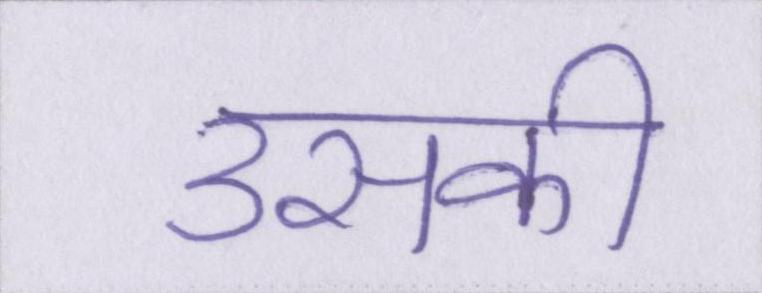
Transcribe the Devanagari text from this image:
उसकी